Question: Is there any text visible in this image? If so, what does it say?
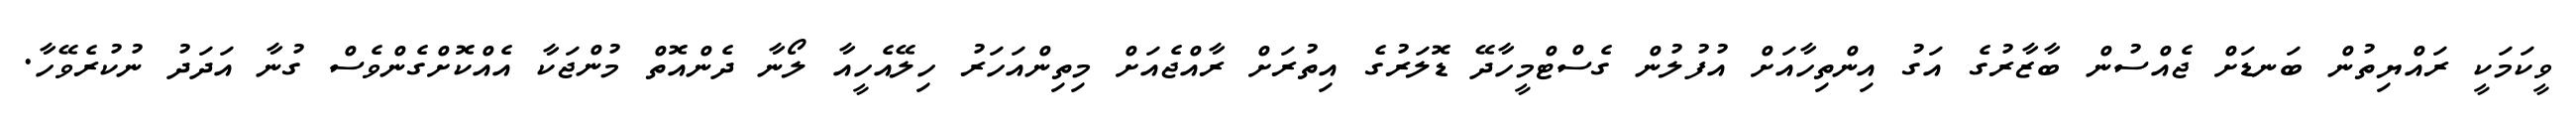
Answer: ވީކަމަކީ ރައްޔިތުން ބަނޑަށް ޖެއްސުން ބާޒާރުގެ އަގު އިންތިހާއަށް އުފުލުން ގެސްޓްމީހާދޭ ޑޮލަރުގެ އިތުރަށް ރާއްޖެއަށް މިތިންއަހަރު ހިލޭއެހީއާ ލޯނާ ދެންއޮތް މުންޖަކާ އެއްކޮށްގެންވެސް ގުނާ އަދަދު ނުކުރެވޭހާ.